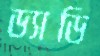
ড্যাডি